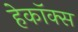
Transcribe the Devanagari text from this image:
हेकॉक्स